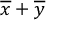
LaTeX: { \overline { { x } } } + { \overline { { y } } }